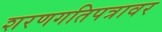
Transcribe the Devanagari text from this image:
शरणगतिपत्रावर